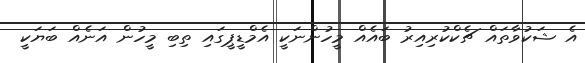
އެ ޝަކުވާތައް ޗެކްކުރިއިރު ބައެއް މީހުންނަކީ އެމްޑީޕީގައި ތިބި މީހުން އަނެއް ބަޔަކީ